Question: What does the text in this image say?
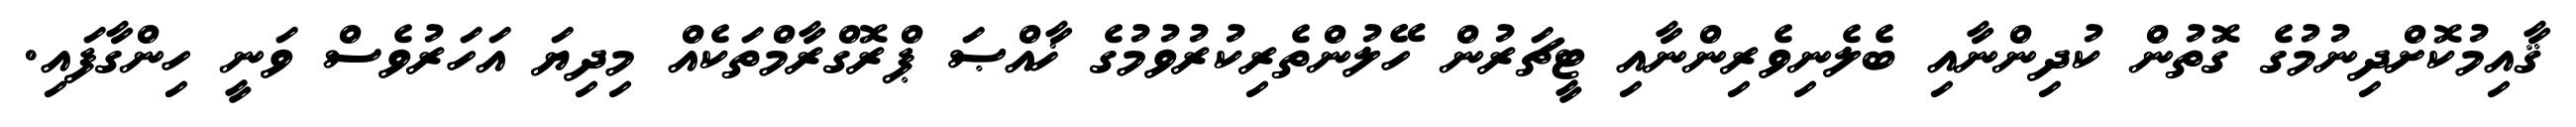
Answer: ޤާއިމުކޮށްދިނުމުގެ ގޮތުން ކުދިންނާއި ބެލެނިވެރިންނާއި ޓީޗަރުން ހޭލުންތެރިކުރުވުމުގެ ޚާއްޞަ ޕްރޮގްރާމްތަކެއް މިދިޔަ އަހަރުވެސް ވަނީ ހިންގާފައި.